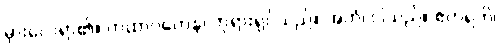
မှားလေရာ၏။ တထာဂတေန၊ ဘုရားရှင်သည်။ အဟံ၊ ငါသည်။ ဧတရဟိ၊